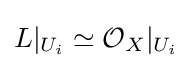
L|_{U_{i}}\simeq {\mathcal {O}}_{X}|_{U_{i}}